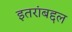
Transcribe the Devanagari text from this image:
इतरांबद्दल